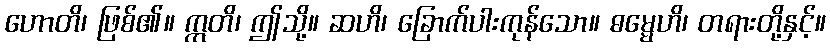
ဟောတိ၊ ဖြစ်၏။ ဣတိ၊ ဤသို့။ ဆဟိ၊ ခြောက်ပါးကုန်သော။ ဓမ္မေဟိ၊ တရားတို့နှင့်။